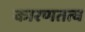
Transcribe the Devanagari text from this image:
कारणतत्व